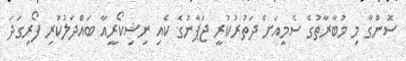
ސޮންގާ މި މުބާރާތުގެ ސެމީއަށް ދަތުރުކުރީ ޖަޕާނުގެ ކެއި ނިޝިކޯރީއާ ބައްދަލުކުރި ފޯރިގަދަ